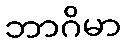
ဘာဂိမာ